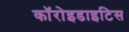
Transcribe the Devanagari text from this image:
कॉरोइडाइटिस